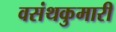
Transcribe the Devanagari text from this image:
वसंथकुमारी